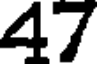
47